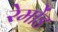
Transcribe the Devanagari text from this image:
रेमोंड